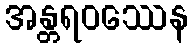
အန္တရဝဿေန